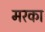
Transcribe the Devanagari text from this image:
मरका